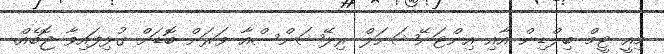
މިއީ ޓީމް ބިލްޑިން އާއި އިންޓަނޭޝަނަލް ރިލޭޝަންސްއާ ވަރަށް ބޮޑަށް ގުޅިފައިވާ ޖޮބެއް.